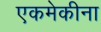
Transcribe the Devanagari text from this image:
एकमेकीना